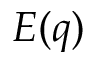
E ( q )